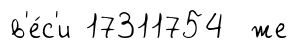
в'е́с'и 17311754 же